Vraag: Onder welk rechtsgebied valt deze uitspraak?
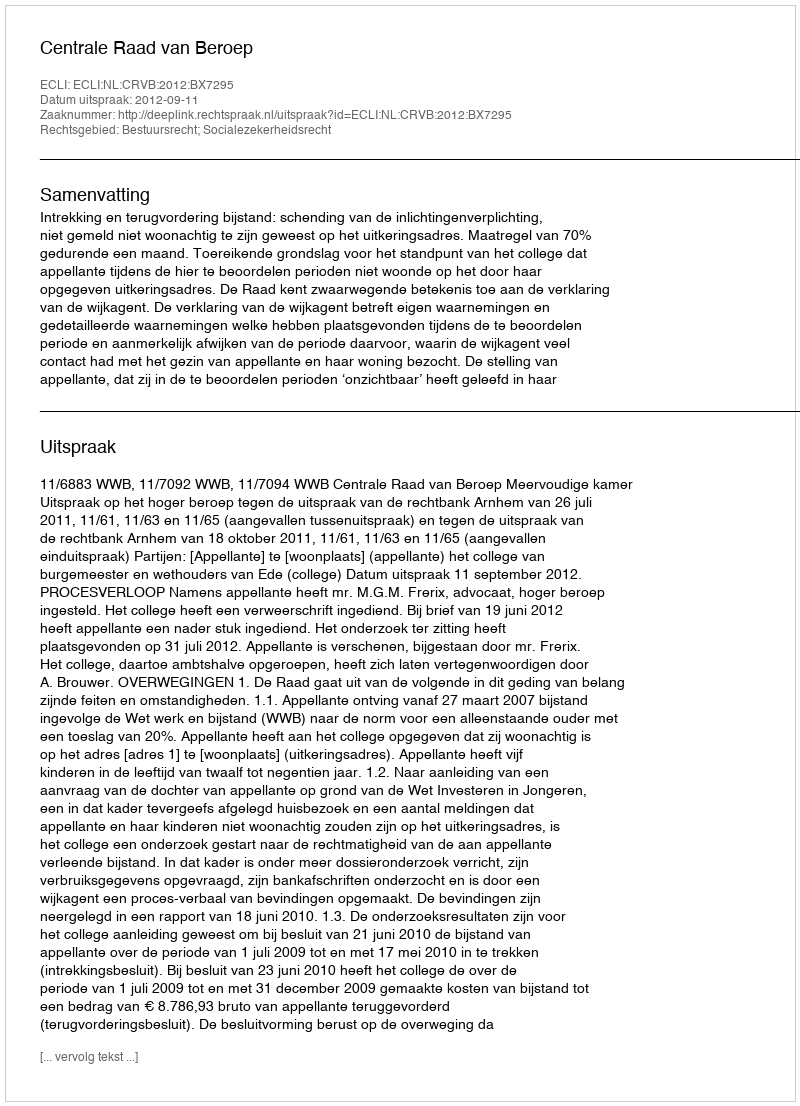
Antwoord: Bestuursrecht; Socialezekerheidsrecht